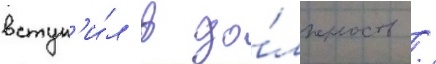
вступ'и́л в до́лжность /